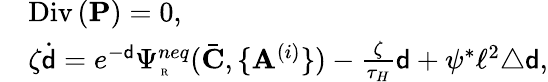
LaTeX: \begin{array}{rl}&{\mathrm{Div}\, (\mathbf{P})=0,}\\ &{\zeta\dot{{\mathsf{d}}}=e^{-{\mathsf{d}}}\Psi_{\mathrm{\tiny~R}}^{neq}(\bar{\mathbf{C}},\{ \mathbf{A}^{(i)}\} )-\frac{\zeta}{\tau_{H}}{\mathsf{d}}+\psi^{*}\ell^{2}\triangle{\mathsf{d}},}\end{array}